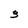
Character: 3